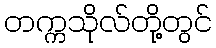
တက္ကသိုလ်တို့တွင်